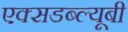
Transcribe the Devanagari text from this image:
एक्सडब्ल्यूबी